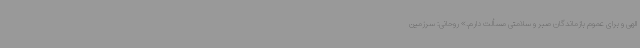
الهی و برای عموم بازماندگان صبر و سلامتی مسألت دارم.» روحانی: سرزمین